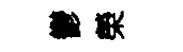
鬱榮